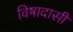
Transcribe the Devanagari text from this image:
विषादासी